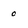
Character: 0